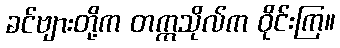
ခင်ဗျားတို့က တက္ကသိုလ်က ဝိုင်းကြ။